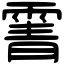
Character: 䨝